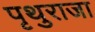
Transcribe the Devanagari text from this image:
पृथुराजा